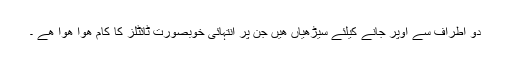
دو اطراف سے اوپر جانے کیلئے سیڑھیاں ھیں جن پر انتہائی خوبصورت ٹائٹلز کا کام ھوا ھوا ھے ۔